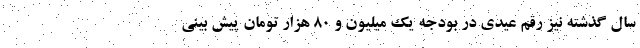
سال گذشته نیز رقم عیدی در بودجه یک میلیون و ۸۰ هزار تومان پیش بینی